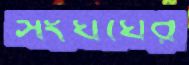
সংঘর্ঘের